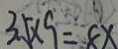
3 5 \times 9 = 8 x